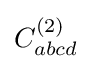
C_{abcd}^{(2)}